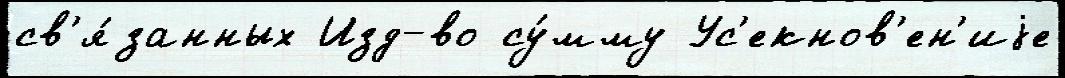
св'я́занных Изд-во су́мму Ус'екнов'ен'иjе